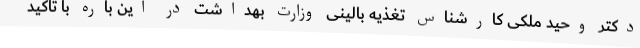
دکتر وحید ملکی کارشناس تغذیه بالینی وزارت بهداشت در این باره با تاکید